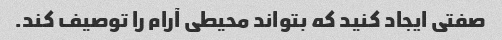
صفتی ایجاد کنید که بتواند محیطی آرام را توصیف کند.